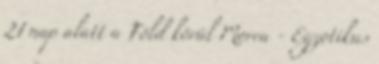
21 nap alatt a Föld körül Morea - Egzotikus